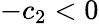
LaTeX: -c_{2}<0